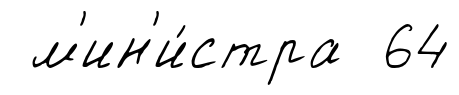
м'ин'и́стра 64